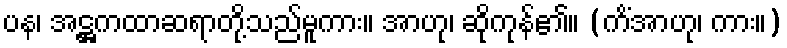
ပန၊ အဋ္ဌကထာဆရာတို့သည်မူကား။ အာဟု၊ ဆိုကုန်၏။ (ကိံအာဟု၊ ကား။)